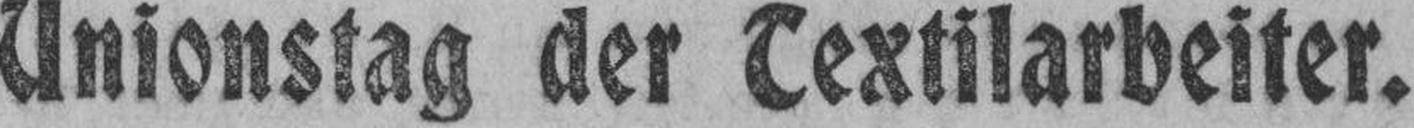
Unionstag der Textilarbeiter.